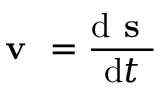
{ \textbf { v } } = { \frac { \mathrm { d } { \textbf { s } } } { \mathrm { d } t } }